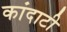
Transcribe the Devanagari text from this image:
कांदाटी